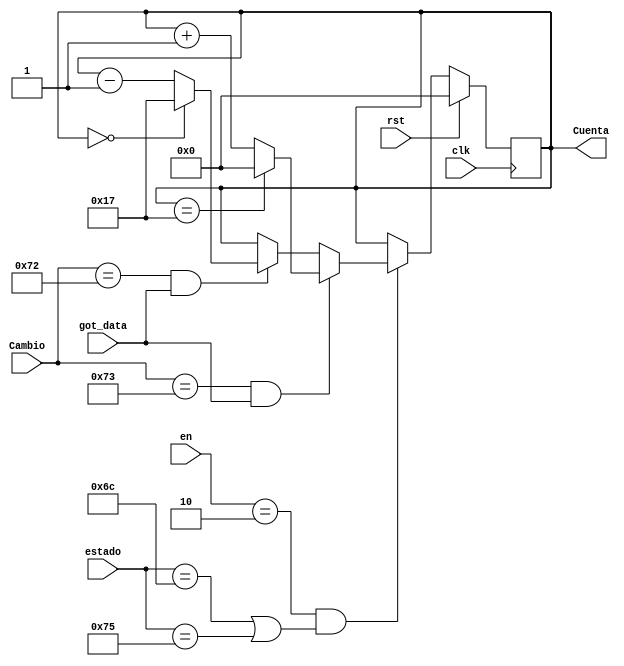
module Contador_AD_Horas(
    input rst,
	 input [7:0]estado,
	 input [1:0] en,
    input [7:0] Cambio,
	 input got_data,
    input clk,
    output reg [(N-1):0] Cuenta
    );
	
	 
	 parameter N = 5;
	 parameter X = 23;

    always @(posedge clk)
	 if (rst)
	    Cuenta <= 0;
    else	if (en == 2'd2 && (estado == 8'h6C || estado == 8'h75))
         begin
	         if (Cambio == 8'h73 && got_data)
				begin
				   if (Cuenta == X)
				      Cuenta <= 0;
					else 
				      Cuenta <= Cuenta + 1'd1;
				end
				else if (Cambio == 8'h72 && got_data)
					  begin
				        if (Cuenta == 0)
						     Cuenta <= X;
					     else 
						     Cuenta <= Cuenta - 1'd1;
				     end
					  else 
					     Cuenta <= Cuenta;
	      end
	      else 
			   Cuenta <= Cuenta;

endmodule